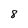
Character: 8